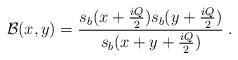
LaTeX: \begin{align*} \mathcal{B}(x,y) =\frac{s_b(x+\tfrac{iQ}{2})s_b(y+\tfrac{iQ}{2})}{s_b(x+y+\tfrac{iQ}{2})} \; .\end{align*}